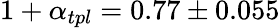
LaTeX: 1+\alpha_{tpl}=0.77\pm 0.055